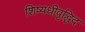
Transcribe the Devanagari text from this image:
शिष्यधीवृद्धिद